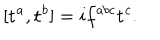
[ \mathbf { t } ^ { a } , \mathbf { t } ^ { b } ] = i f ^ { a b c } \mathbf { t } ^ { c } .